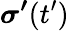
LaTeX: \boldsymbol{\sigma^{\prime}}({t^{\prime}})